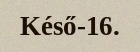
Késő-16.